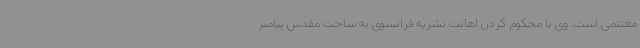
مغتنمی است. وی با محکوم کردن اهانت نشریه فرانسوی به ساحت مقدس پیامبر